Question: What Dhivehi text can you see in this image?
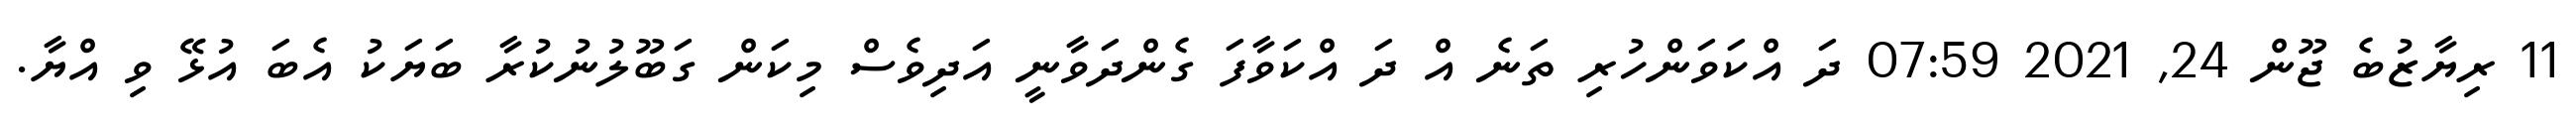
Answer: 11 ރިޔާޒުބެ ޖޫން 24, 2021 07:59 ދަ އްކަވަންހުރި ތަނެ އް ދަ އްކަވާފަ ގެންދަވާނީ އަދިވެސް މިކަން ގަބޫލުނުކުރާ ބަޔަކު އެބަ އުޅޭ ވި އްޔާ.